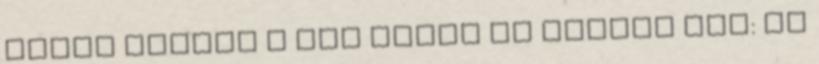
miért énekel a rab madár és Harper Lee: Ne